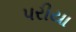
પરીયા